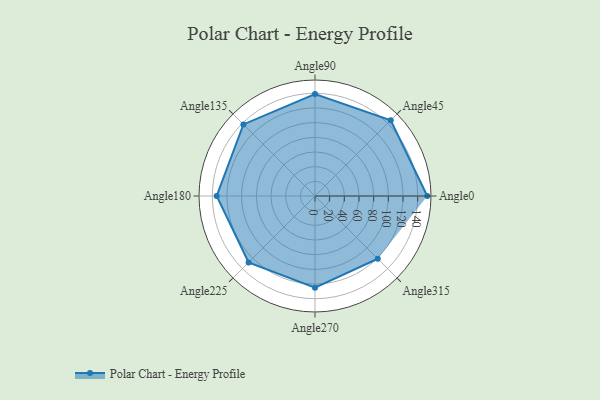
{"axis": {"x": "Angle", "y": "Radius"}, "legend": [""], "data": [{"x": "Angle0", "y": 153.0, "type": ""}, {"x": "Angle45", "y": 146.0, "type": ""}, {"x": "Angle90", "y": 139.0, "type": ""}, {"x": "Angle135", "y": 138.0, "type": ""}, {"x": "Angle180", "y": 134.0, "type": ""}, {"x": "Angle225", "y": 128.0, "type": ""}, {"x": "Angle270", "y": 125.0, "type": ""}, {"x": "Angle315", "y": 121.0, "type": ""}]}